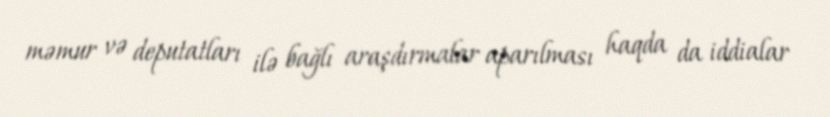
məmur və deputatları ilə bağlı araşdırmalar aparılması haqda da iddialar